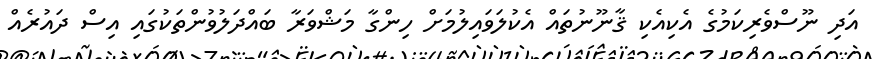
އަދި ނޫސްވެރިކަމުގެ އެކިއެކި ޤާނޫނުތައް އެކުލަވައިލުމަށް ހިންގާ މަޝްވަރާ ބައްދަލުވުންތަކުގައި އިސް ދައުރެއް